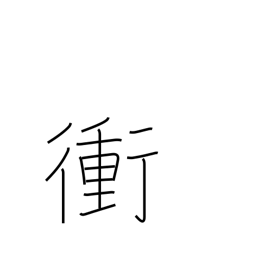
Meaning: highway